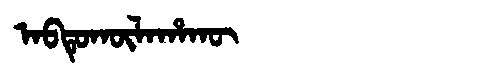
Manchu: ᠠᠪᡨᡠᡴᡡᠯᠠᡥᠠᡴᡡ
Romanization: ABTUKŪLAHAKŪ